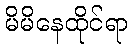
မိမိနေထိုင်ရာ